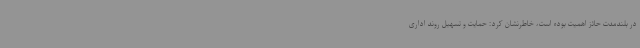
در بلندمدت حائز اهمیت بوده است، خاطرنشان کرد: حمایت و تسهیل روند اداری